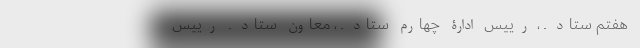
هفتم‌ ستاد ـ ، رییس‌ ادارۀ‌‌ چهارم‌ ستاد ـ ، معاون‌ ستاد ـ ‌ رییس‌